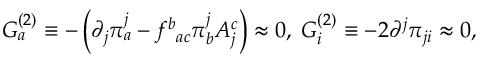
G _ { a } ^ { ( 2 ) } \equiv - \left( \partial _ { j } \pi _ { a } ^ { j } - f _ { \; \; a c } ^ { b } \pi _ { b } ^ { j } A _ { j } ^ { c } \right) \approx 0 , \; G _ { i } ^ { ( 2 ) } \equiv - 2 \partial ^ { j } \pi _ { j i } \approx 0 ,